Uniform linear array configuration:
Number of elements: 8
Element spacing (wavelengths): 0.5
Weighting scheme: kaiser
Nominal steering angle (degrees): -45
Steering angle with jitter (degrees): -43.419
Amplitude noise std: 0.05
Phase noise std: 0.05

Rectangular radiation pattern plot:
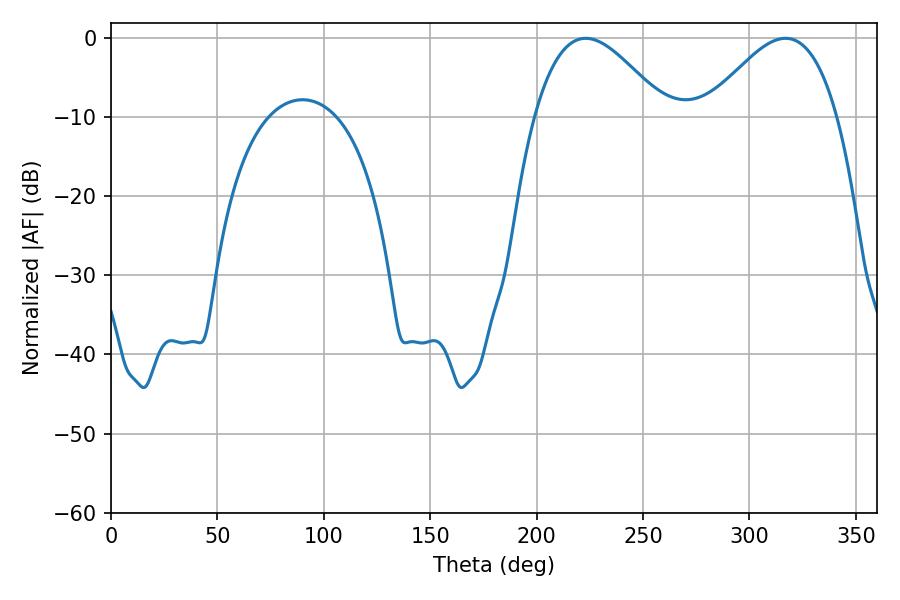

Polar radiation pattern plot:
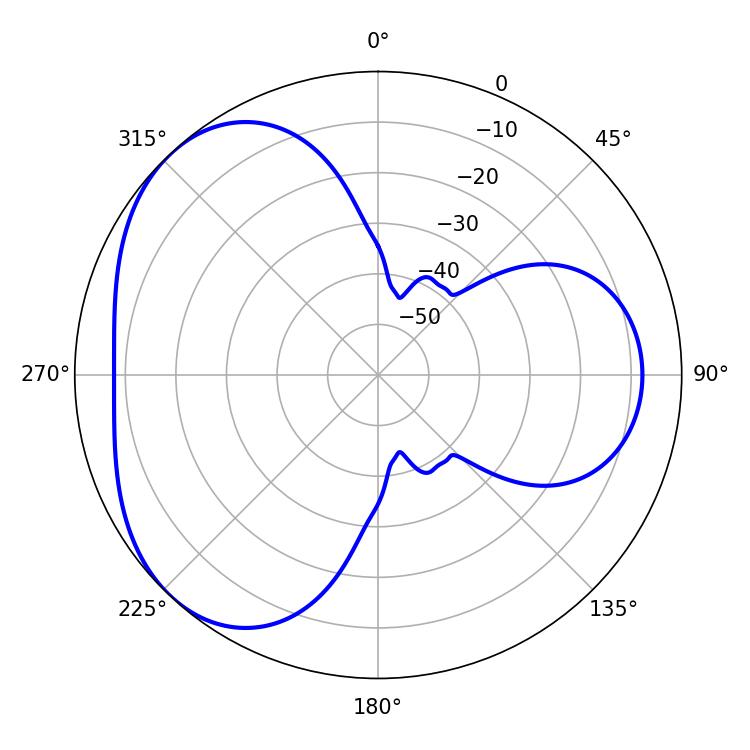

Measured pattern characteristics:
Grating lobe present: FALSE
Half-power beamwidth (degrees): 33.3
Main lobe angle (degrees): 223.02